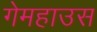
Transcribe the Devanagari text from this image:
गेमहाउस